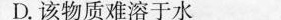
D.该物质难溶于水